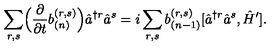
\sum _ { r , s } \Bigl ( \frac { \partial } { \partial t } b _ { ( n ) } ^ { ( r , s ) } \Bigr ) \hat { a } ^ { \dagger r } \hat { a } ^ { s } = i \sum _ { r , s } b _ { ( n - 1 ) } ^ { ( r , s ) } [ \hat { a } ^ { \dagger r } \hat { a } ^ { s } , \hat { H } ^ { \prime } ] .